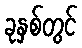
ခုနှစ်တွင်